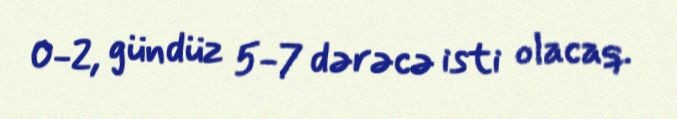
0-2, gündüz 5-7 dərəcə isti olacaq.